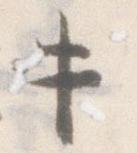
牛